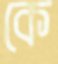
কে